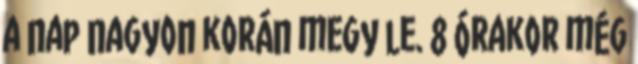
a nap nagyon korán megy le. 8 órakor még